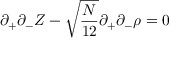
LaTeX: \partial _ { + } \partial _ { - } Z - \sqrt { \frac { N } { 1 2 } } \partial _ { + } \partial _ { - } \rho = 0